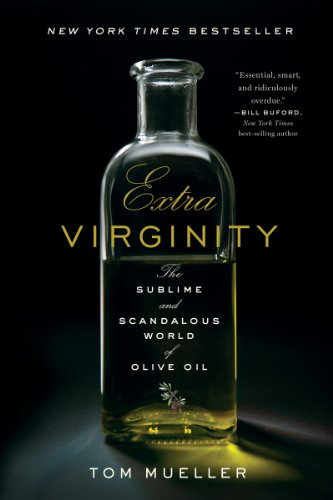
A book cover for Extra Virginity: The Sublime and Scandalous World of Olive Oil; Tom Mueller; Cookbooks, Food & Wine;